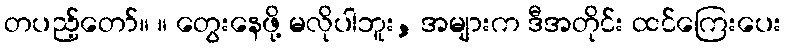
တပည့်တော်။ ။ တွေးနေဖို့ မလိုပါဘူး, အများက ဒီအတိုင်း ထင်ကြေးပေး